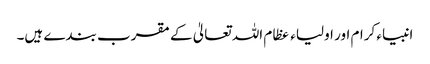
انبیاء کرام اور اولیاء عظام اللہ تعالیٰ کے مقرب بندے ہیں۔